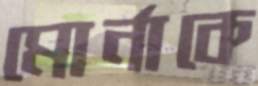
মোর্নাকে